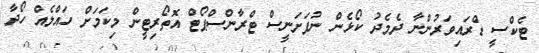
ޓެކްސީ ޑްރައިވަރުންނާ ދެމެދު ކޯޅެން ނުފަށަނީސް ޓްރާންސްޕޯޓް އޮތޯރިޓީން މިކަމަށް ހައްލެއް ހޯދާ